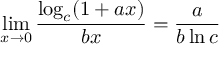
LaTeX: \operatorname* { l i m } _ { x \to 0 } { \frac { \log _ { c } ( 1 + a x ) } { b x } } = { \frac { a } { b \ln c } }